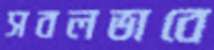
সবলভাবে